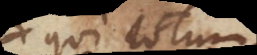
qui totum